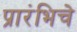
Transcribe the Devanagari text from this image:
प्रारंभिचे